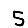
Digit: 5